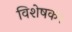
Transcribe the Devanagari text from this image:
विशेषक।